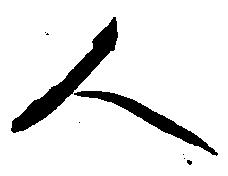
人